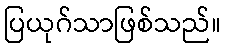
ပြယုဂ်သာဖြစ်သည်။